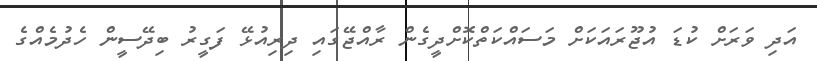
އަދި ވަރަށް ކުޑަ އުޖޫރައަކަށް މަސައްކަތްކޮށްދީގެން ރާއްޖޭގައި ދިރިއުޅޭ ފަގީރު ބިދޭސީން ހެދުމެއްގެ